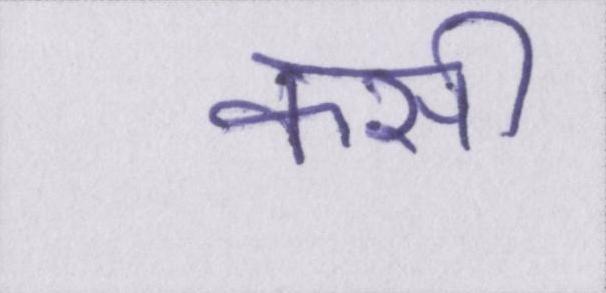
कसी